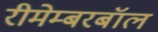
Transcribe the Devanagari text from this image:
रीमेम्बरबॉल